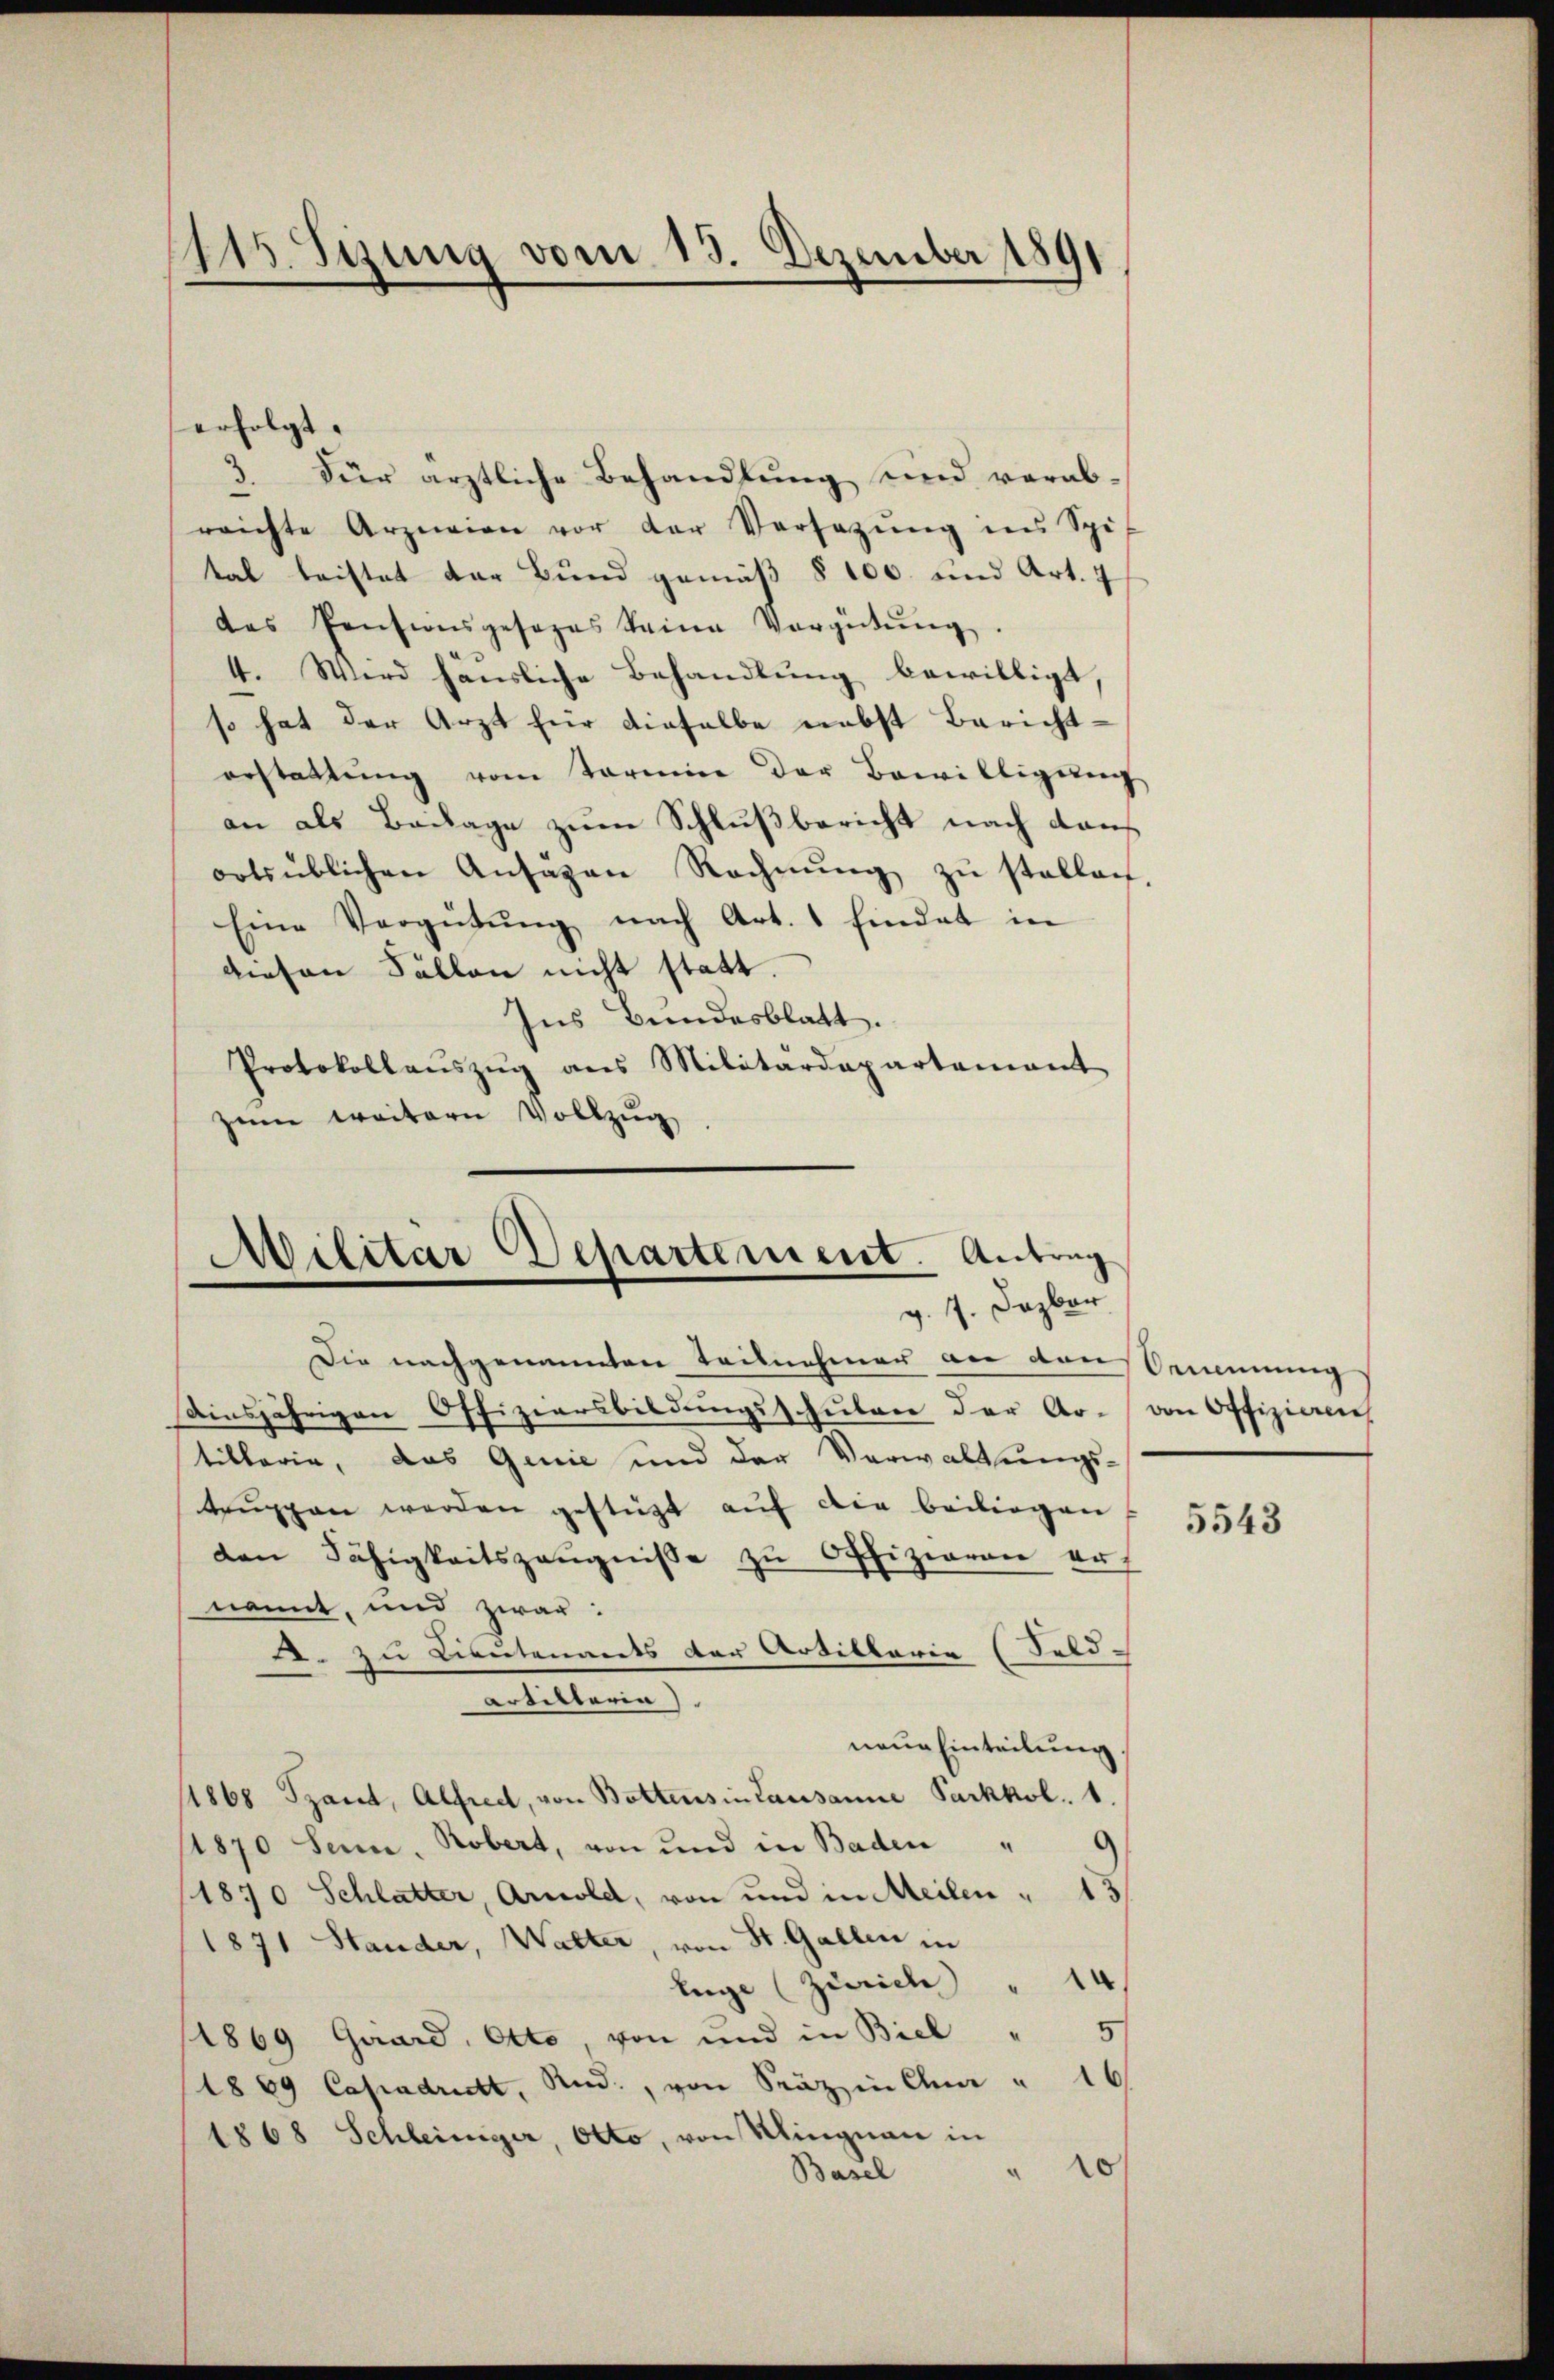
115. Seung vom 13. Dezember 1891

erfolgt.
3. Für ärztliche Behandlung und verab-
reichte Arzneien vor der Versatŭng ins Spit
tal leistet der Bund gemäß § 100. und Art. 7
das Pensionsgesezes seine Vergütŭng.
4. Wird häusliche Behandlung bewilligt
so hat der Arzt für dieselbe nebst Berichterstattŭng vom Termine der Bewilligŭng
an als Beilage zum Schlußbericht nach dan
ootsüblichen Ansagen Rechnŭng zŭ stellen.
Eine Vergütŭng nach Art. 1 findet in
diesen Fällen nicht statt.
Ins Bundesblatt.
Protokollaŭszŭg ans Militärdepartement
zum weitern Vollzug

Militar Departement. Antrag
g. 7. Dezbr.

Die nachgenannten Teilnehmer an dans kennung
Ainsjährigen Offiziersbildungsschulen der Ar-von Offizieren
tiklerie, das Genie und der Verwaltungs-
truppen werden gestüzt auf die beiliegen
den Fähigkeitszeŭgnisse zu Offizieren erf
nannt, und zwar:
- zu Lieutenants der Artillaria (Seld-
artitteria)
neue Einteilung,
11868 Sand, Alfred, von Bottens in Lausanne Parkkol. 1.
11870 Senn, Robert, von und in Baden "
(1870 Schlatter, Arnold, von und in Meilen " 15
(1871 Stander, Walter, von St. Gallen in
lige (Zürich)
1869 Quard, Otto von und in Biel
1869 Capadridt, And., von Präzin Clna " 16
1868 Schleiniger, Otto, von Mingnau in
Basel

5543